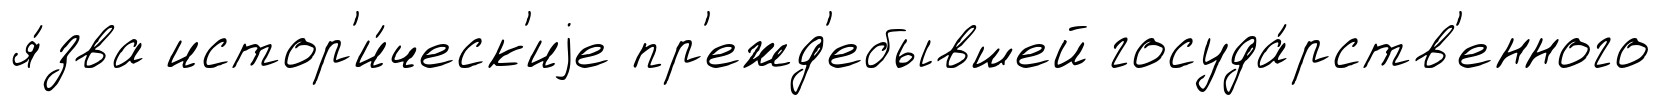
я́зва истор'и́ческ'иjе пр'ежд'ебывшей госуда́рств'енного